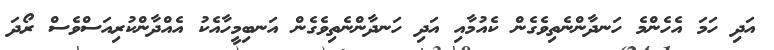
އަދި ހަމަ އެހެންމެ ހަނދާންނެތިވެގެން ކެއުމާއި އަދި ހަނދާންނެތިވެގެން އަނބިމީހާއެކު އެއްދާންކުރިއަސްވެސް ރޯދަ